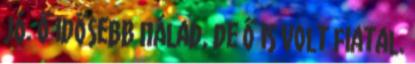
jó. Ő idősebb nálad, de Ő is volt fiatal.